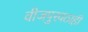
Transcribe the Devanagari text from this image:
वीजपुरवठाही